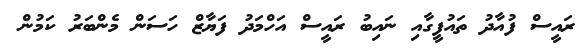
ރައީސް ފުއާދު ތައުފީގާއި ނައިބު ރައީސް އަހްމަދު ފަޔާޒް ހަސަން މެންބަރު ކަމުން